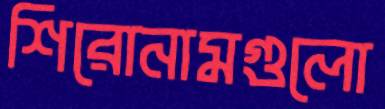
শিরোনামগুলো